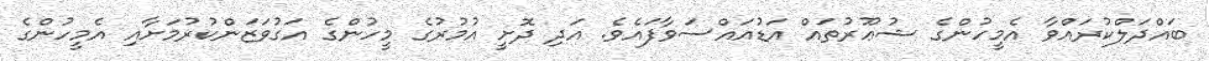
ބައްދަލްކުރައްވާ އެމީހުންގެ ޝުޢޫރުތައް އަޑުއައްސަވާފައެވެ. އަދި ދޮށީ އުމުރުގެ މީހުންގެ އަގުވަޒަންކުރުމަށާއި އެމީހުންގެ